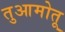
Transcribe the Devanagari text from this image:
तुआमोतू